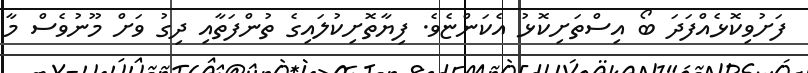
ފަށުވިކޮޅެއްފަދަ ބޯ އިސްތަށިކޮޅު އެކަންޏެވެ. ފިޔާތޮށިކުލައިގެ ތުންފަތާއި ދިގު ވަށް މޫނުވެސް މާ